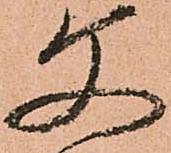
文